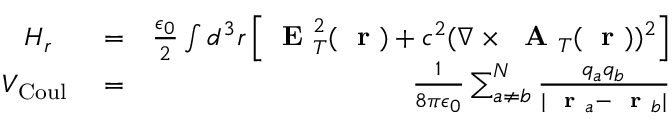
\begin{array} { r l r } { H _ { r } \; \; } & { { } = } & { \frac { \epsilon _ { 0 } } { 2 } \int d ^ { 3 } r \left[ \mathrm { ~ \bf ~ E ~ } _ { T } ^ { 2 } ( \mathrm { ~ \bf ~ r ~ } ) + c ^ { 2 } ( \nabla \times \mathrm { ~ \bf ~ A ~ } _ { T } ( \mathrm { ~ \bf ~ r ~ } ) ) ^ { 2 } \right] } \\ { V _ { \mathrm { C o u l } } } & { { } = } & { \frac { 1 } { 8 \pi \epsilon _ { 0 } } \sum _ { a \ne b } ^ { N } \frac { q _ { a } q _ { b } } { | \mathrm { ~ \bf ~ r ~ } _ { a } - \mathrm { ~ \bf ~ r ~ } _ { b } | } } \end{array}